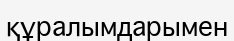
құралымдарымен